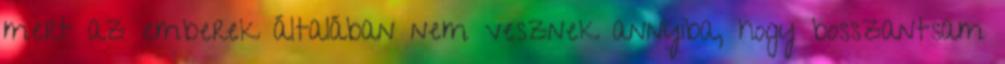
mert az emberek általában nem vesznek annyiba, hogy bosszantsam